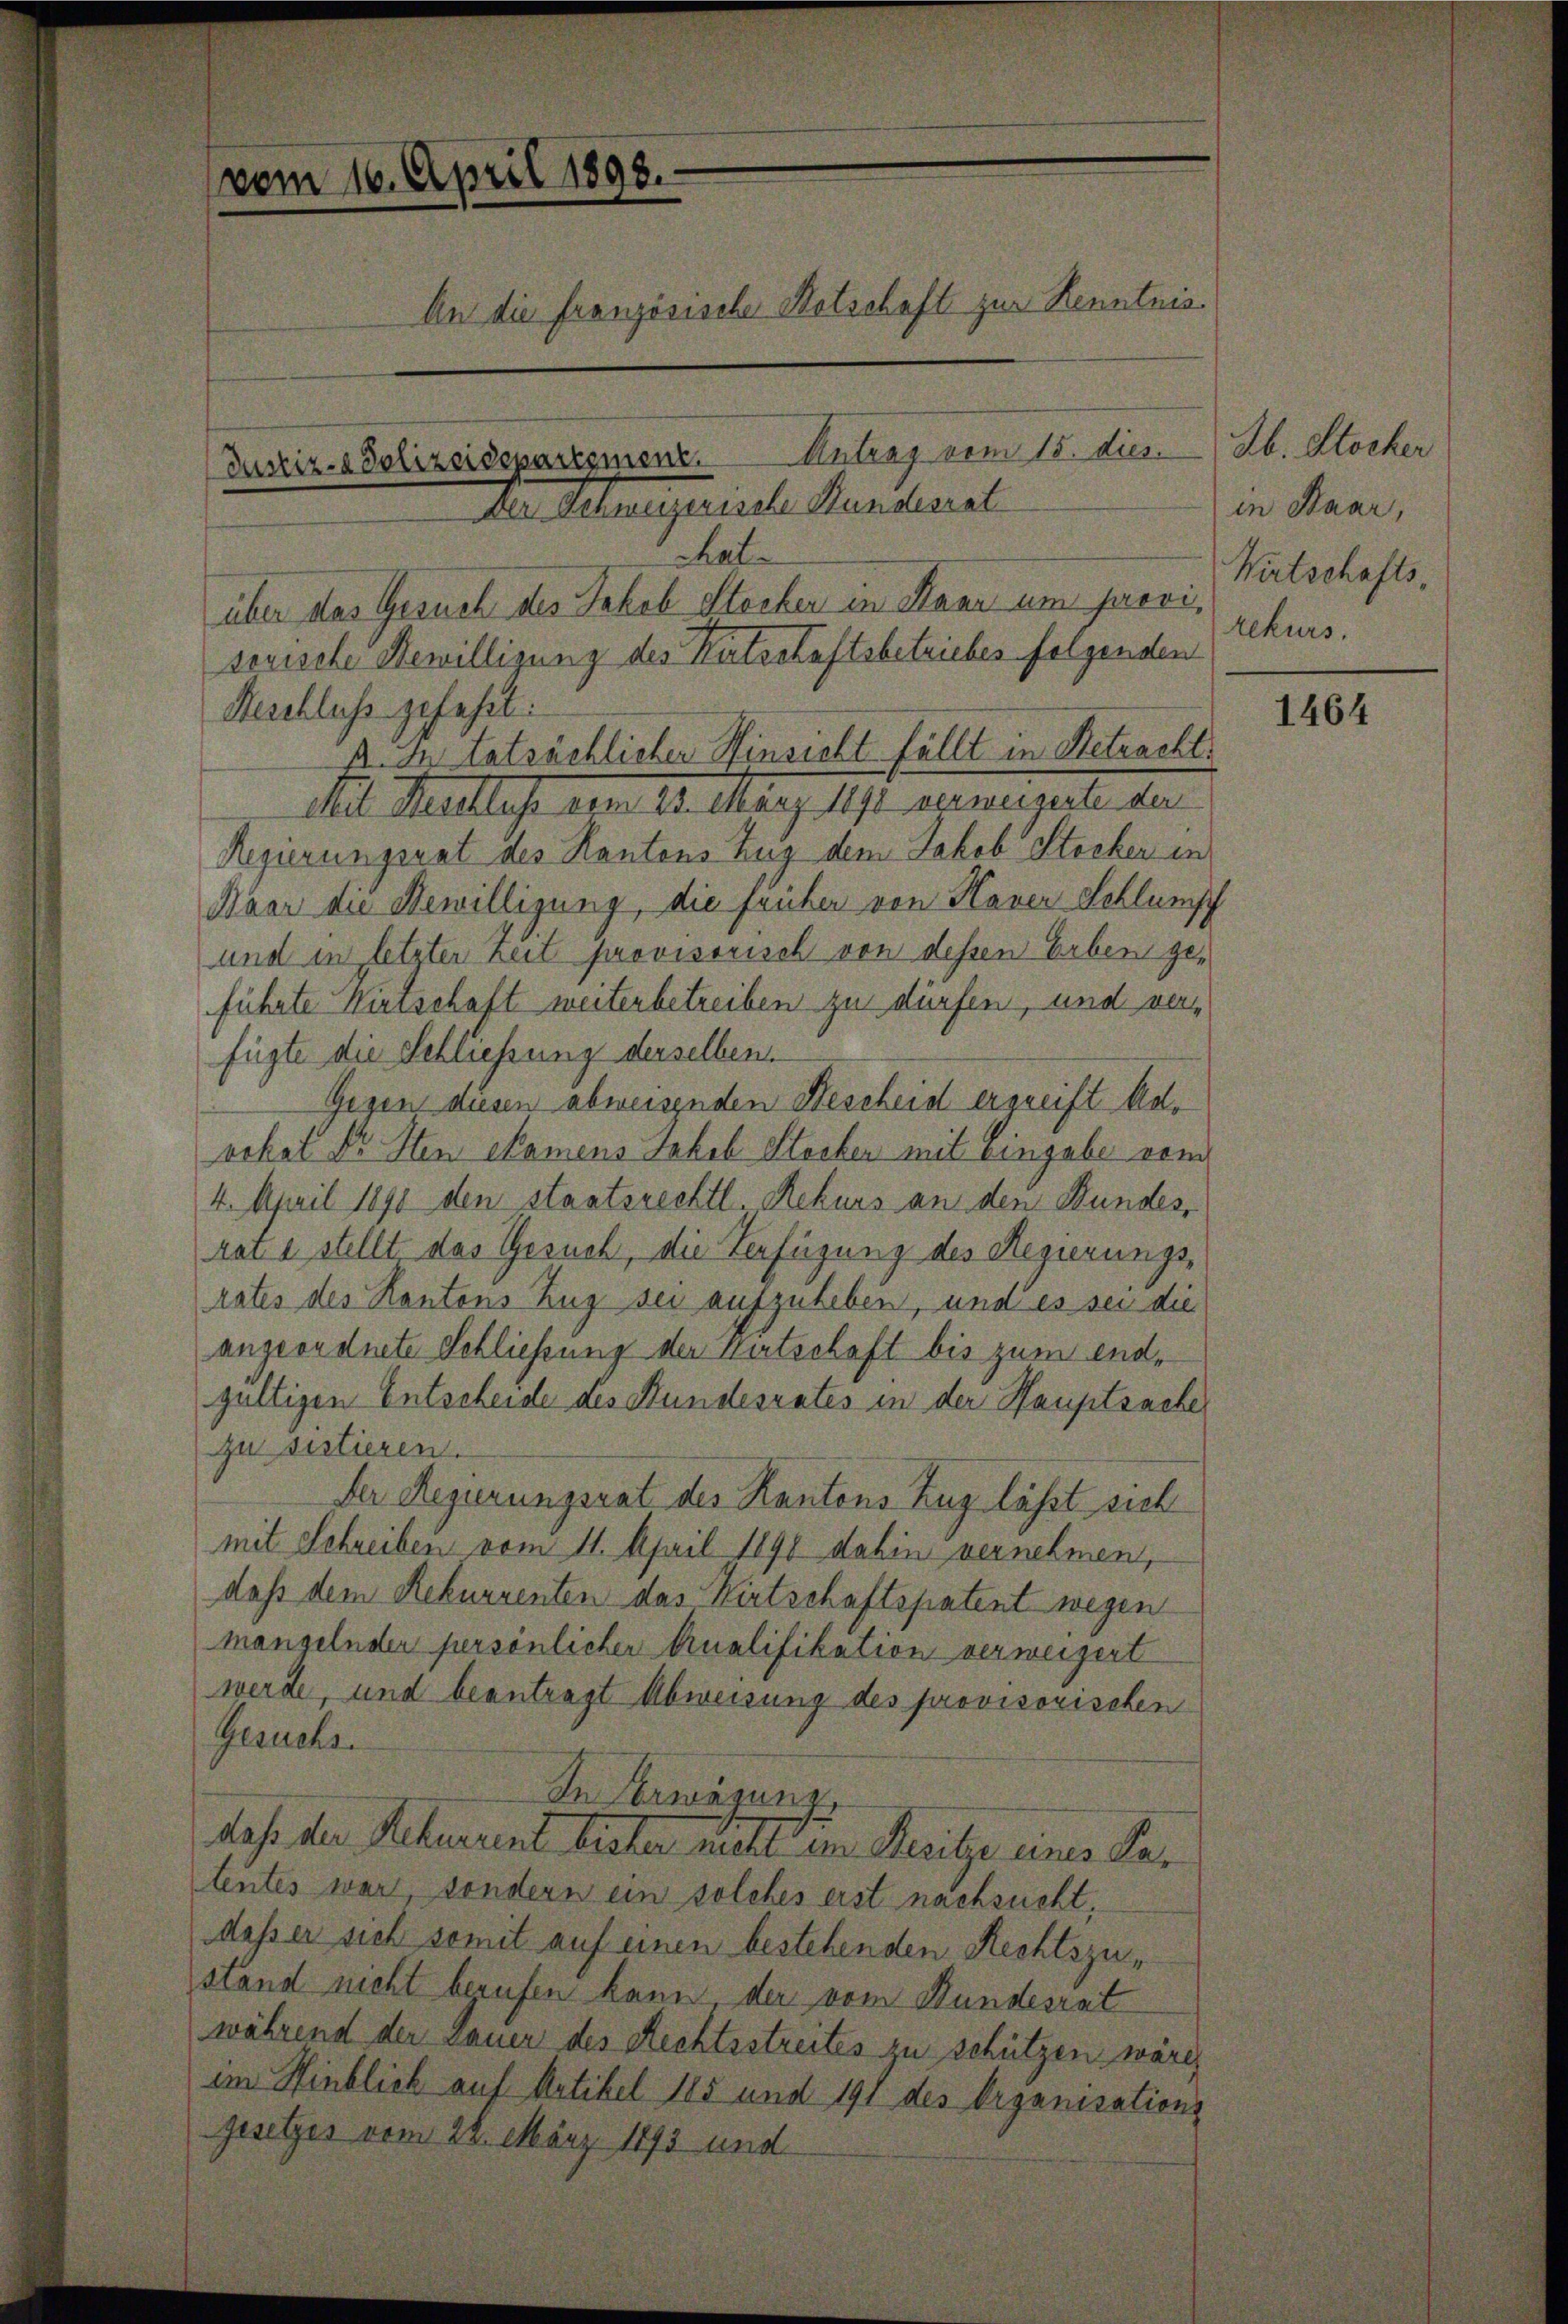
vom 16. April 1898.
An die französische Notschaft zur Kenntnis
Justiz- & Polizeidepartement. Antrag vom 15. dies.

über das Gesuch des Jakob Stocker in Kann um provisonische Bewilligung des Kutschaftsbetriebes folgenden
Aeschluss gefehrt:
ß. In tatsächlicher Hinsicht fällt in Retracht:
Atiel Staatlos vom 13. März 1891 eineigente der
Regierungsrat des Kantons Zug dem Jakob Stocken in
Maar die Bewilligung, die früher von Haver Schlumpf
und in letzter Zeit provisorisch von dessen Erben geführte Wirtschaft weiterbetreiben zu dürfen, und verfügte die Schliessung derselben.
Gegen diesen abweisenden Bescheid ergreift der
rokat Dr Sten kamens Jakob Stocker mit Eingabe vom
4. April 1890 den staatsrechtl. Rekurs an den Bundes,
rat u stellt das Gesuch, die Verfügung des Regierungsrates des Kantons Zug sei aufzuheben, und es sei die
angeordnete Schliessung der Wirtschaft bis zum endgültigen Entscheide des Stundesrates in der Hauptsache
zu sistieren.
Der Regierungsrat des Kantons Zug läßt sich
mit Schreiben vom 11. April 1890 dahin vernehmen,
daß dem Rekurrenten das Wirtschaftspatent wegen
mangelnder persönlicher Qualifikation verweigert
werde, und beantragt Abweisung des provisorischen
Gesuchs.
In Erwägung
daß der Rekurrent bister nicht im Besitze eines Par
lentes war, sondern ein solches erst nachsucht.
dass er sich somit auf einen bestehenden Rechtszustand nicht berufen kann der vom Bundesrat
während der Dauer des Rechtsstreites zu schützen wäre,
im Hinblick auf Artikel 185 und 191 des Organisations
Gesetzes vom 28. März 1893 und

Der Schulgerische Kundene
chat

Ab. Stocker
in Baar,
Wirtschafts-
rekurs.

1464